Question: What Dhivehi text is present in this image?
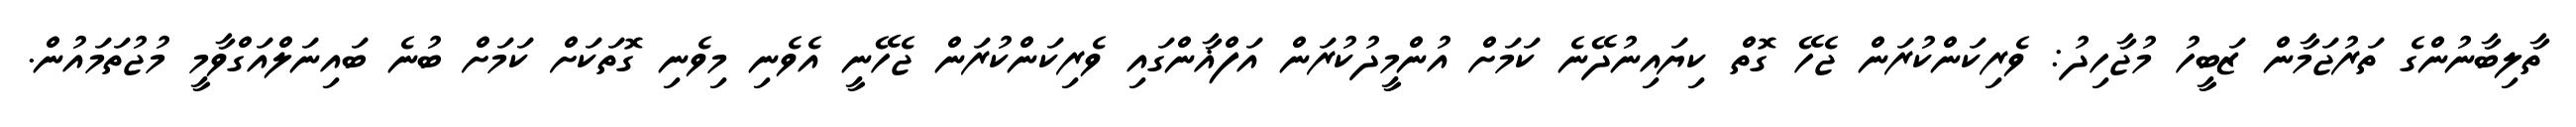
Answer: ތާލިބާނުންގެ ތަރުޖަމާން ޒަބީހު މުޖާހިދު: ވެރިކަންކުރަން ޖެހޭ ގޮތް ކިޔައިނުދޭނެ ކަމަށް އުންމީދުކުރަން އަފްޣާންގައި ވެރިކަންކުރަން ޖެހޭނީ އެވެނި މިވެނި ގޮތަކަށް ކަމަށް ބުނެ ބައިނަލްއަގްވާމީ މުޖުތަމައުން.